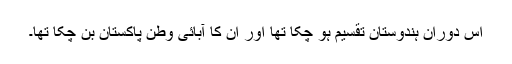
اس دوران ہندوستان تقسیم ہو چکا تھا اور ان کا آبائی وطن پاکستان بن چکا تھا۔